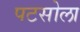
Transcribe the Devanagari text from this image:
पटसोला